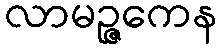
လာမဉ္ဇကေန